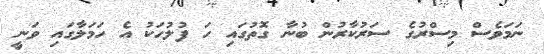
ނަމަވެސް މިސްރުގެ ސަރުކާރުން ބުނާ ގޮތުގައި ހަ ފުލުހަކު އެ ހަމަލާގައި ވަނީ